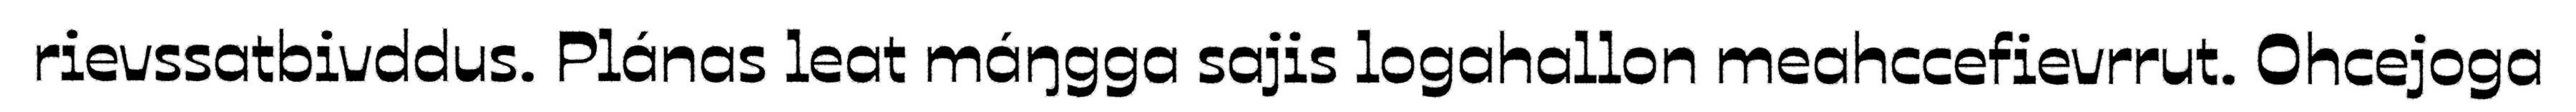
rievssatbivddus. Plánas leat máŋgga sajis logahallon meahccefievrrut. Ohcejoga